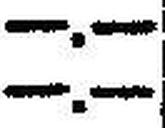
—.—